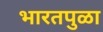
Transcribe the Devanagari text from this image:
भारतपुळा